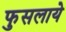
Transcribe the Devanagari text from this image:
फुसलाये